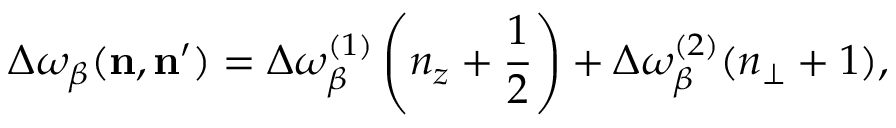
\Delta \omega _ { \beta } ( \mathbf { n } , \mathbf { n ^ { \prime } } ) = \Delta \omega _ { \beta } ^ { ( 1 ) } \left( n _ { z } + \frac { 1 } { 2 } \right) + \Delta \omega _ { \beta } ^ { ( 2 ) } ( n _ { \bot } + 1 ) ,